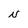
Character: N